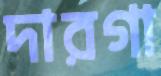
দারগা